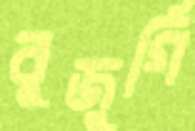
বুজুর্গি